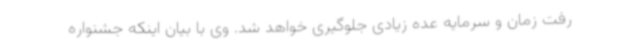
رفت زمان و سرمایه عده زیادی جلوگیری خواهد شد. وی با بیان اینکه جشنواره